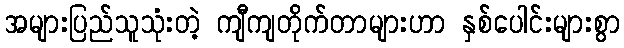
အများပြည်သူသုံးတဲ့ ကျီကျတိုက်တာများဟာ နှစ်ပေါင်းများစွာ